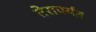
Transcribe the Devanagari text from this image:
तेरापर्यंत